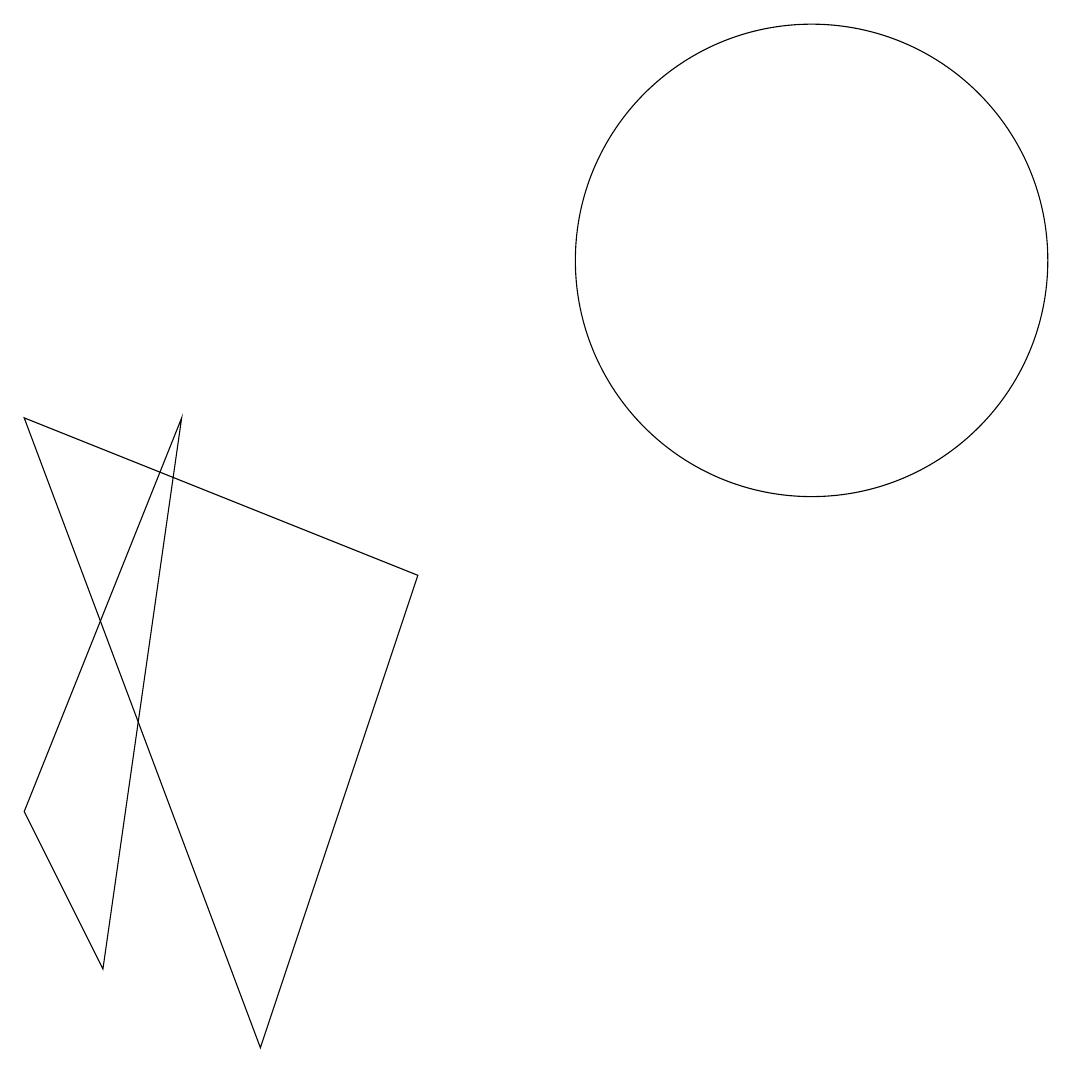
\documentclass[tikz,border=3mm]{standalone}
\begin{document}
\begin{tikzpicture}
\draw (3,9) -- (2,2) -- (1,4) -- cycle;
\draw (1,9) -- (6,7) -- (4,1) -- cycle;
\draw (10,11) circle (0);
\draw (11,11) circle (3);
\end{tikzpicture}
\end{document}